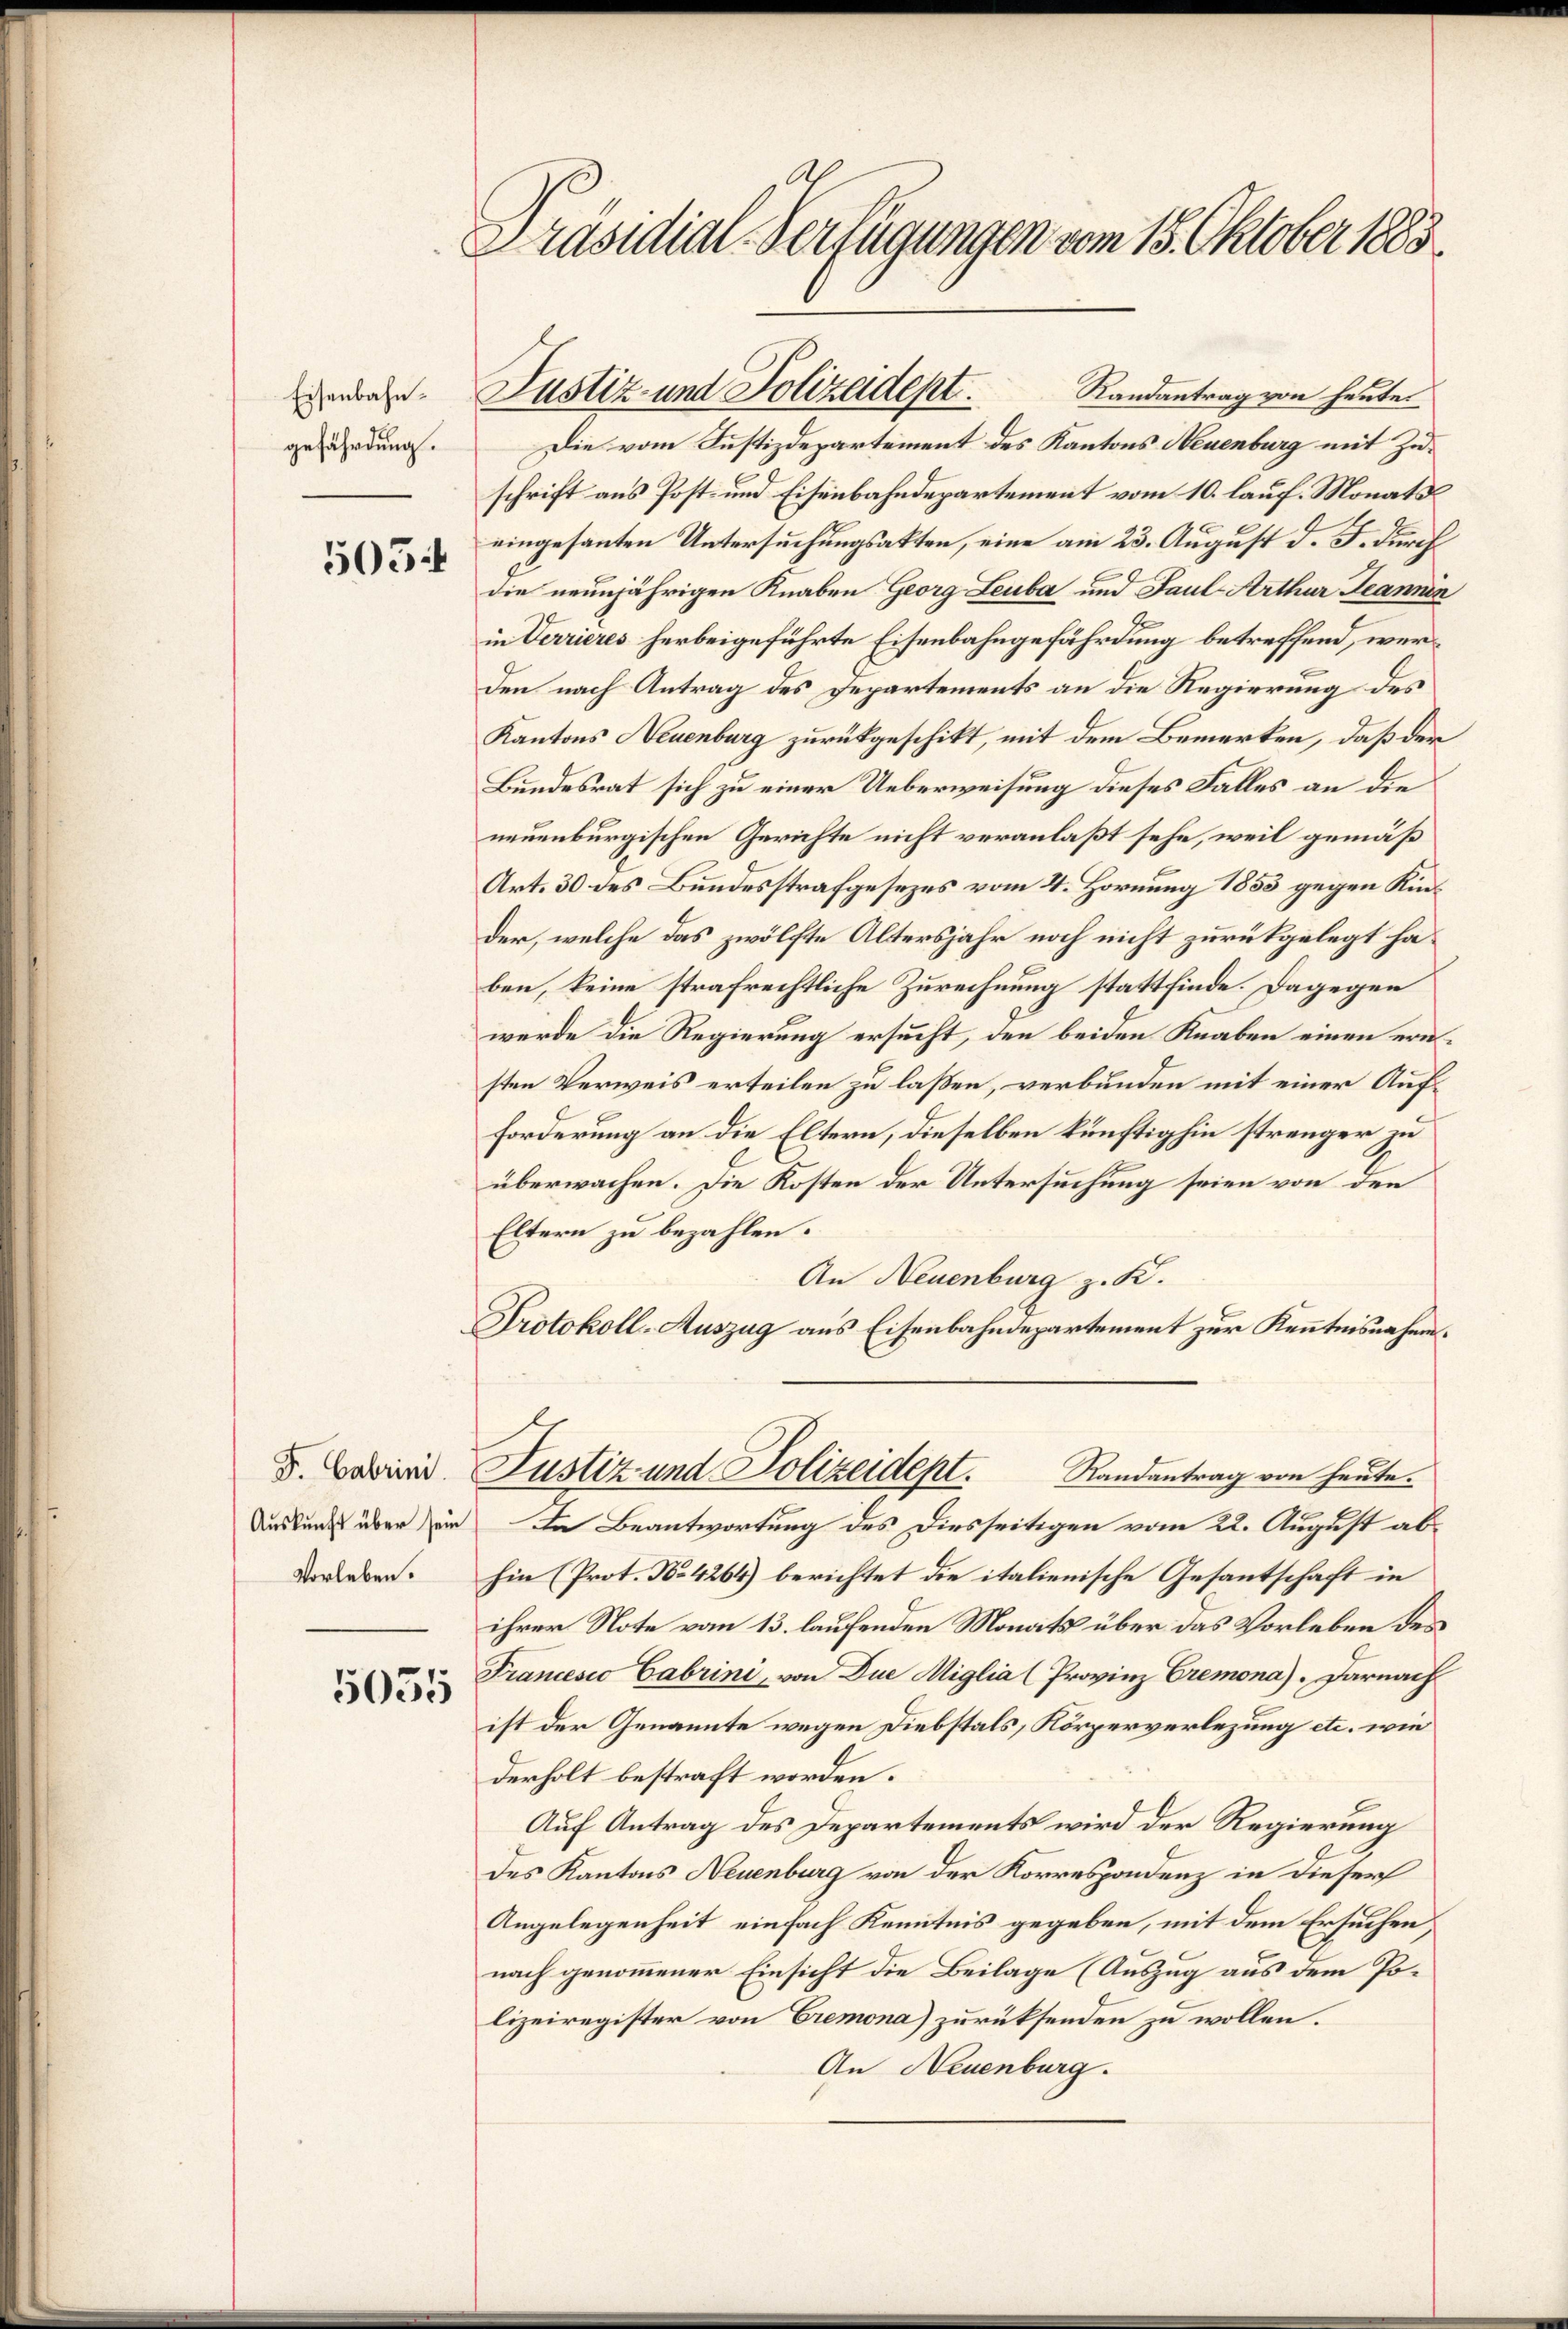
Eisenbahngefährdung.

505

Auskunft über sein
Vorleben.

5055

Präsidial-Verfügungen vom 18. Oktober 1883

E

Randantrag von heute.
Die vom Justizdepartement des Kantons Neuenburg mit Zuschrift aus Post- und Eisenbahndepartement vom 10. lauf. Monatseingesanten Untersuchungsakten, eine am 23. August d. J. durch
die neunjährigen Knaben Georg Leuba und Paul-Arthur Jeanne
in Verrieres herbeigeführte Eisenbahngefährdung betreffend, werden nach Antrag des Departements an die Regierung des
Kantons Neuenburg zurückgeschikt, mit dem Bemerken, daß der
Bundesrat sich zu einer Ueberweisung dieses Falles an die
neuenburgischen Gerichte nicht veranlaßt sehe, weil gemäß
Art. 30 des Bundesstrafgesezes vom 4. Hornung 1853 gegen Kinder, welche das zwölfte Altersjahr noch nicht zurükgelegt haben, keine strafrechtliche Zurechnung stattfinde. Dagegen
werde die Regierung ersucht, den beiden Knaben einen ern
sten Verweis erteilen zu laßen, verbunden mit einer Auf¬
Forderung an die Eltern, dieselben künftighin strenger zu
überwachen. Die Kosten der Untersuchung seien von den
Eltern zu bezahlen.
An Neuenburg z. K.
Protokoll-Auszug aus Eisenbahndepartement zur Kenntnisnahme
I. Bavier Justiz und Polizeidept.
Randantrag von heute.
In Beantwortung des Diesseitigen vom 22. August ab
hin (Prot. No. 4264) berichtet die italienische Gesantschaft in
ihrer Note vom 13. laufenden Monats über das Vorleben des
Francesco Cabrini, von Due Miglia (Provinz Cremona). Darnach
ist der Genannte wegen Diebstals, Körperverlegung etc. wie
derholt bestraft worden.
Auf Antrag des Departements wird der Regierung
des Kantons Neuenburg von der Korrespondenz in dieser
Angelegenheit, einfach Kenntnis gegeben, mit dem Ersuchen,
nach genommener Einsicht die Beilage (Auszug aus dem Polizeiregister von Cremona) zurücksenden zu wollen.
An Neuenburg.

Justiz- und Polizadept.